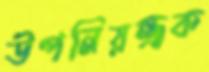
উপনিয়ন্ত্রক